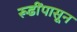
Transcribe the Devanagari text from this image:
रूढींपासून